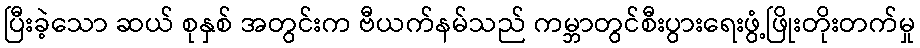
ပြီးခဲ့သော ဆယ် စုနှစ် အတွင်းက ဗီယက်နမ်သည် ကမ္ဘာတွင်စီးပွားရေးဖွံ့ဖြိုးတိုးတက်မှု